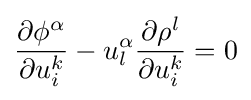
{\frac {\partial \phi ^{\alpha }}{\partial u_{i}^{k}}}-u_{l}^{\alpha }{\frac {\partial \rho ^{l}}{\partial u_{i}^{k}}}=0